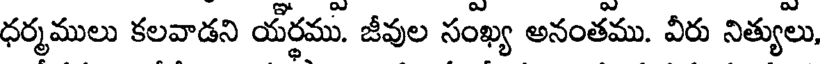
ధర్మములు కలవాడని యర్థము. జీవుల సంఖ్య అనంతము. వీరు నిత్యులు,